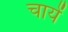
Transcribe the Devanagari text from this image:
चायें